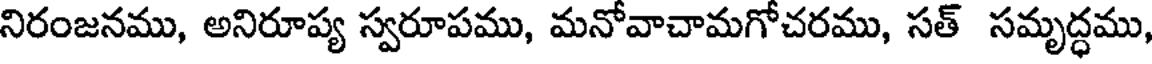
నిరంజనము, అనిరూప్య స్వరూపము, మనోవాచామగోచరము, సత్ సమృద్ధము,